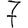
Digit: 7